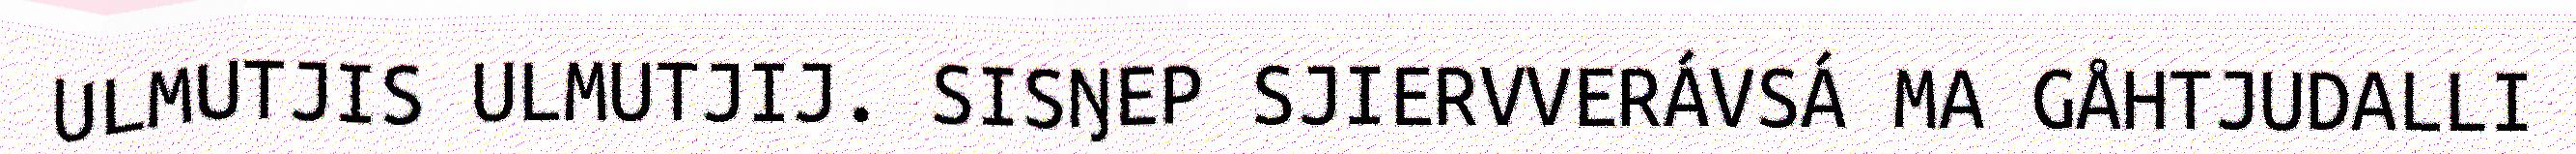
ULMUTJIS ULMUTJIJ. SISŊEP SJIERVVERÁVSÁ MA GÅHTJUDALLI